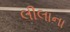
લીલાના